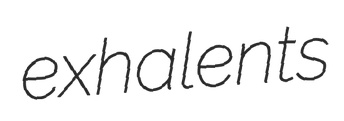
exhalents